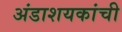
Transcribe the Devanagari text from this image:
अंडाशयकांची